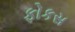
ફોકસ